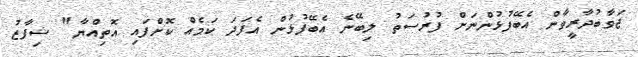
ޖަވާބުދާރީވާން އެބޭފުޅުންނަށް ފުރުސަތު ލިބޭނެ އެބޭފުޅުން އެފަދަ ކަމެއް ކޮށްފައި އޮތިއްޔާ" ޝިފާޒު